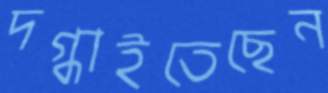
দগ্ধাইতেছেন